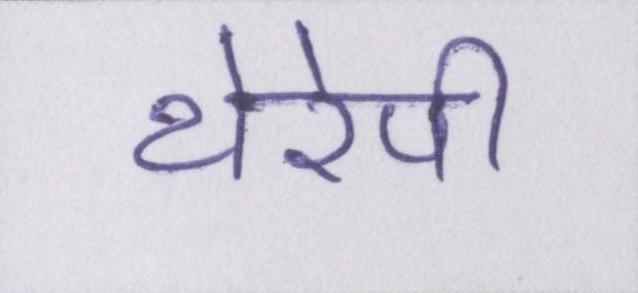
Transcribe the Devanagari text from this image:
थेरेपी